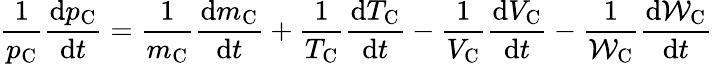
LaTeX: \frac{1}{p_{\mathrm{C}}}\frac{\mathrm{d}p_{\mathrm{C}}}{\mathrm{d}t}=\frac{1}{m_{\mathrm{C}}}\frac{\mathrm{d}m_{\mathrm{C}}}{\mathrm{d}t}+\frac{1}{T_{\mathrm{C}}}\frac{\mathrm{d}T_{\mathrm{C}}}{\mathrm{d}t}-\frac{1}{V_{\mathrm{C}}}\frac{\mathrm{d}V_{\mathrm{C}}}{\mathrm{d}t}-\frac{1}{\mathcal{W}_{\mathrm{C}}}\frac{\mathrm{d}\mathcal{W}_{\mathrm{C}}}{\mathrm{d}t}